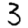
Digit: 3